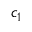
c _ { 1 }